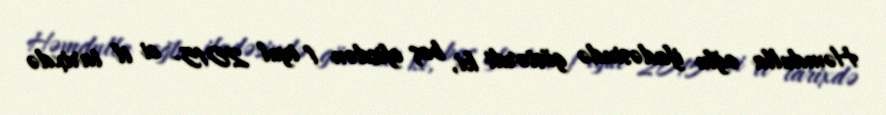
Həmdulla oğlu ifadəsində göstərdi ki, baş ofisdən 1 iyul 2015- ci il tarixdə